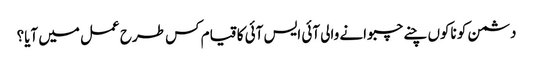
دشمن کو ناکوں چنے چبوانے والی آئی ایس آئی کا قیام کس طرح عمل میں آیا؟